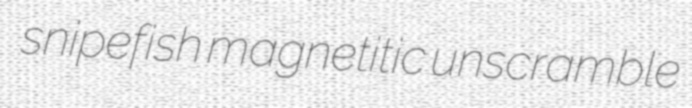
snipefish magnetitic unscramble